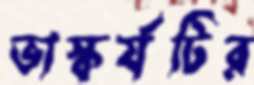
ভাস্কর্যটির